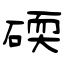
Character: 碝